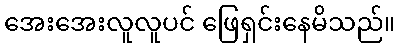
အေးအေးလူလူပင် ဖြေရှင်းနေမိသည်။